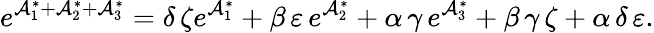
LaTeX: e^{\mathcal{A}_{1}^{\ast}+\mathcal{A}_{2}^{\ast}+\mathcal{A}_{3}^{\ast}}=\delta\, \zeta e^{\mathcal{A}_{1}^{\ast}}+\beta\, \varepsilon\, e^{\mathcal{A}_{2}^{\ast}}+\alpha\, \gamma\, e^{\mathcal{A}_{3}^{\ast}}+\beta\, \gamma\, \zeta+\alpha\, \delta\, \varepsilon.